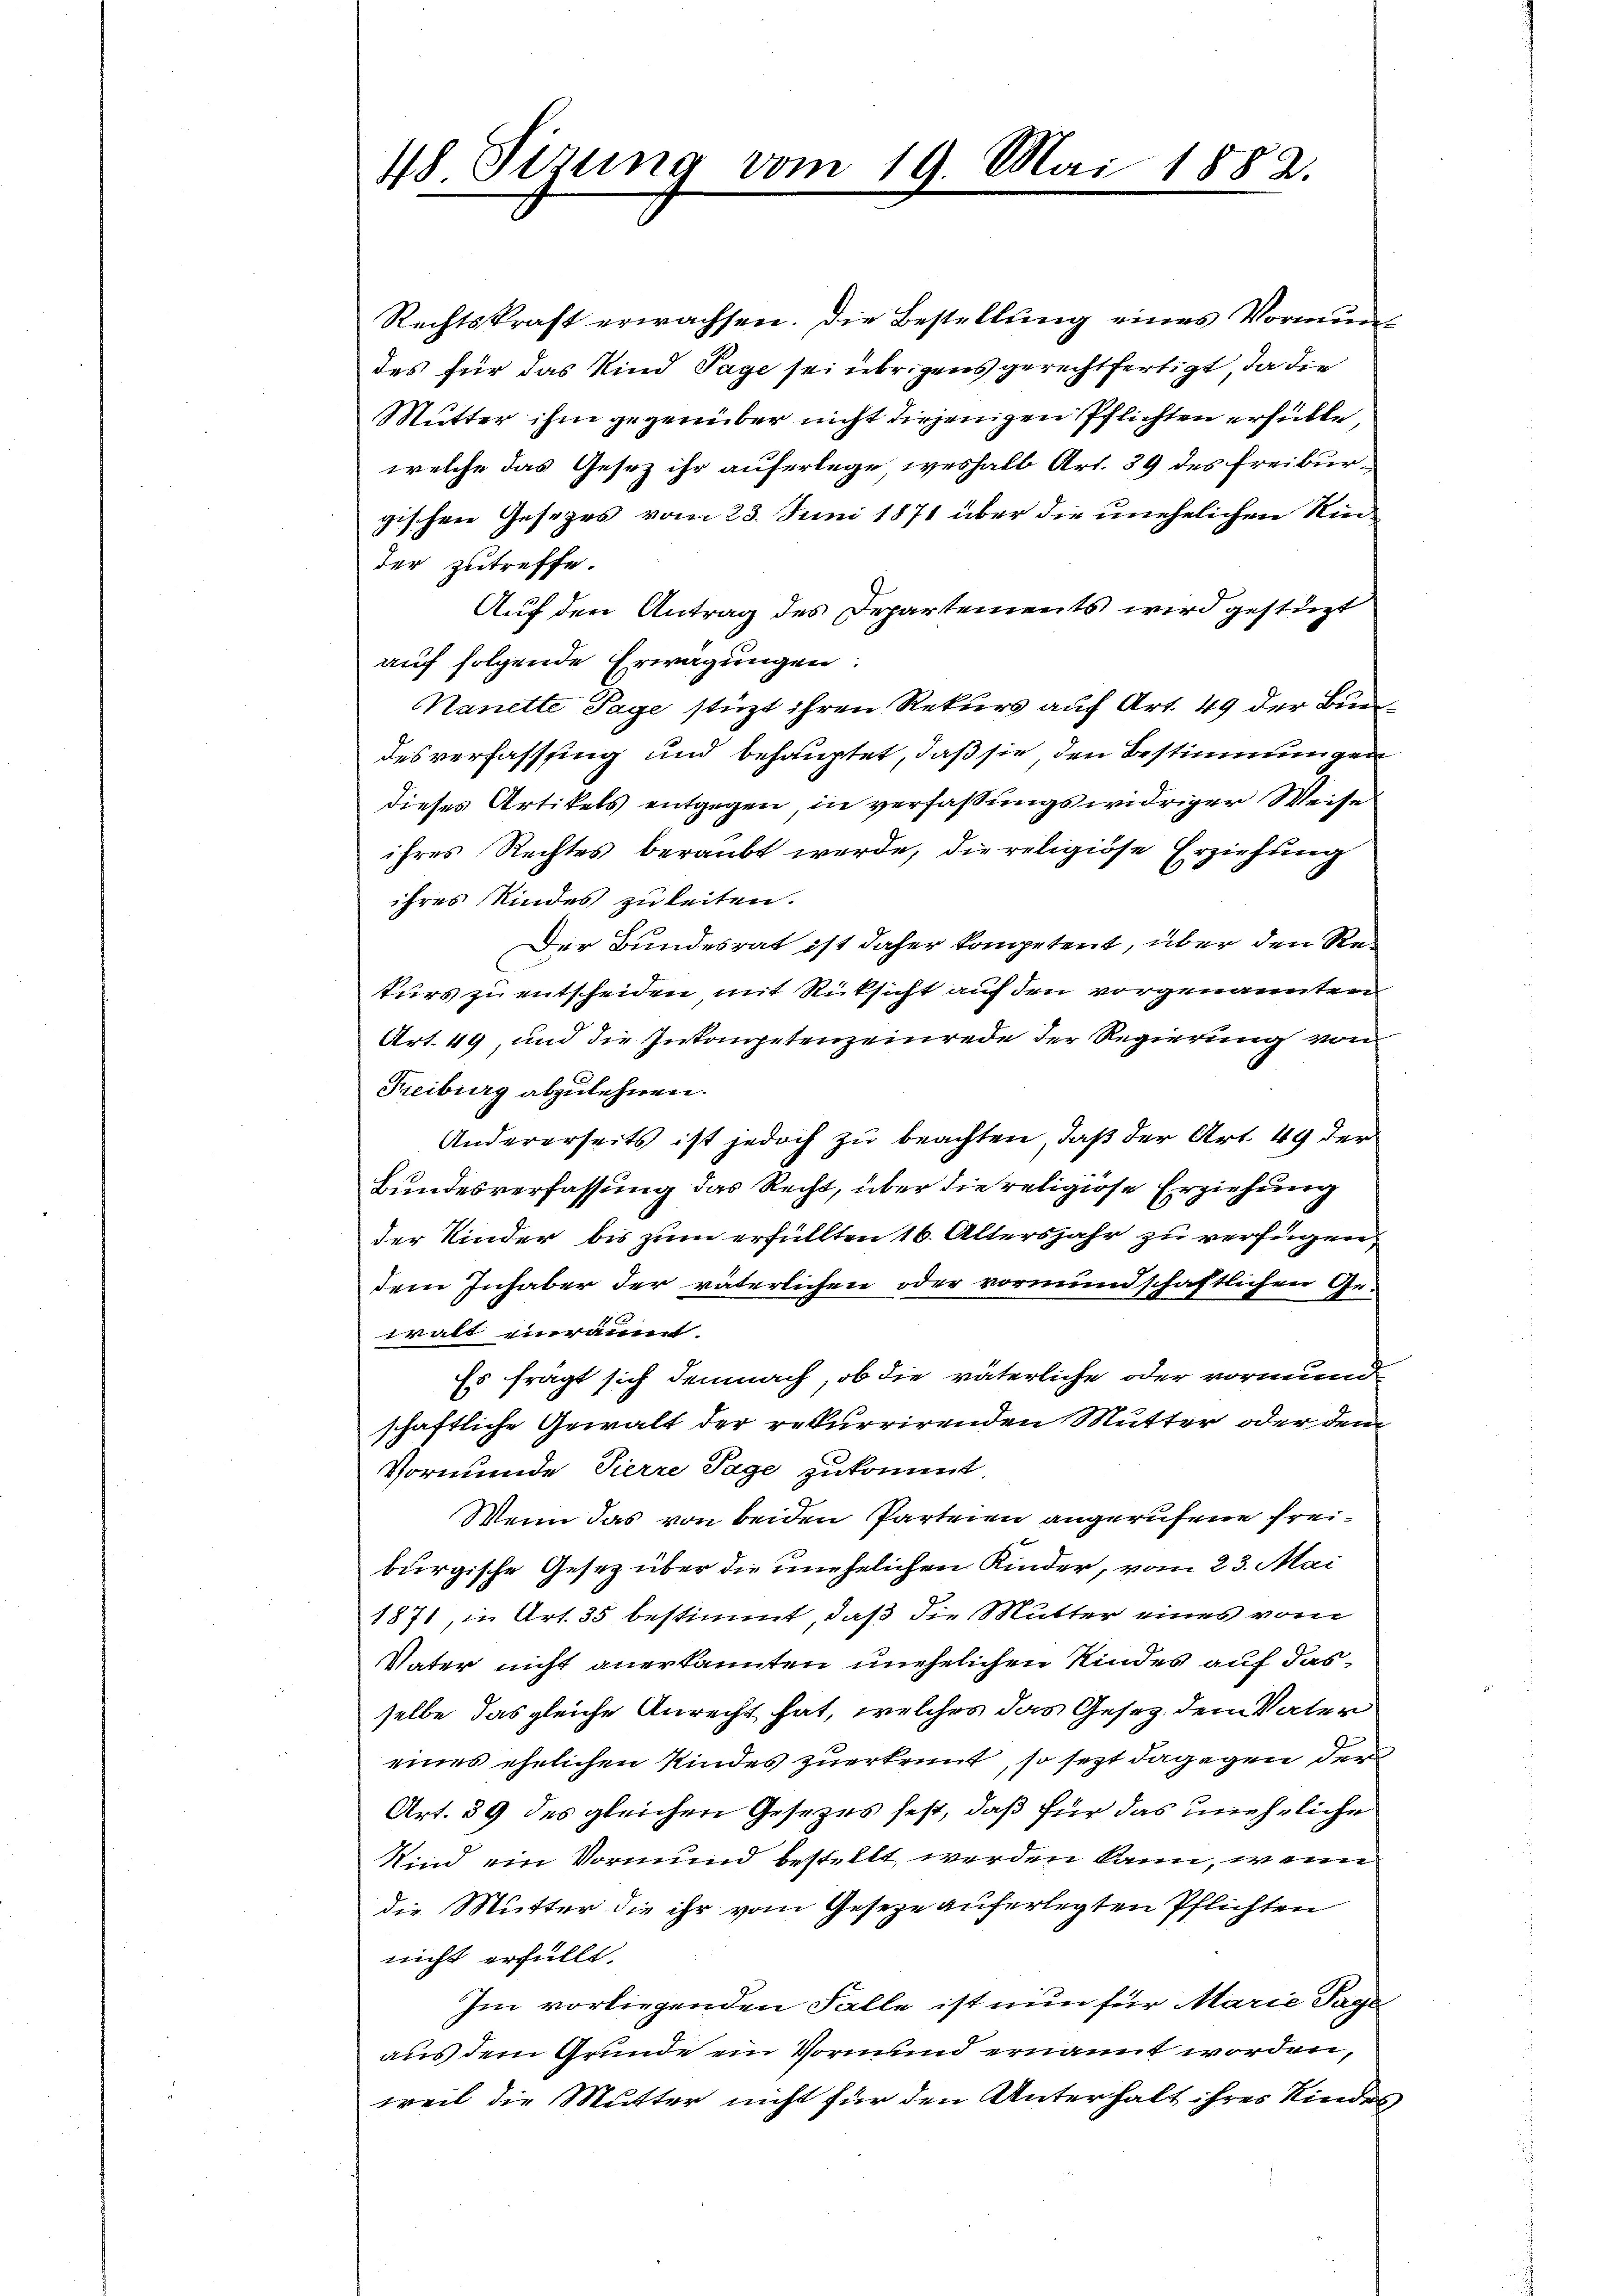
48. Sizung vom 19. Mai 1882.

Rechtskraft erwachsen. Die Bestellung eines Vormundes für das Kind Tage sei übrigens gerechtfertigt, da die
Mutter ihm gegenüber nicht diejenigen Pflichten erfülle
welche das Gesez ihr auferlege, weshalb Art. 39 des Freiburgischen Gesetzes vom 23. Juni 1871 über die unehelichen Kinder zutreffe.
Auf den Antrag des Departements wird gestüzt
auf folgende Erwägungen:
Nanette Tage stüzt ihren Rekurs auf Art. 49 der Bundesverfasssing und behauptet, daß sie den Bestimmungen
dieses Artikels entgegen in verfassungswidriger Weise
ihres Rechtes beraubt werde, die religiöse Erziehung
ihres Kindes zuleiten.
Der Bundesrat ist daher kompetent, über den Rekurs zu entscheiden, mit Rücksicht auf den vorgenannten
Art. 49, und die Inkompetenzeinrede der Regierung von
Freiburg abzulehnen.
Andererseits ist jedoch zu beachten, daß der Art. 49 der
Bundesverfassung das Recht, über die religiöse Erziehung
der Kinder bis zum erfüllten 16. Altersjahr zu verfügen,
dem Inhaber der väterlichen oder vormundschaftlichen Ge-
walt einräumt.
Es frägt sich demnach, ob die väterliche oder vormund
schaftliche Gewalt der rekurrirenden Mutter oder den
Vormunde Pierre Tage zukommt.
Wenn das von beiden Parteien angerufene Freiburgische Gesetz über die unehelichen Kinder, vom 23. Mai
1871, in Art. 35 bestimmt, daß die Mutter eines vom
Vater nicht anerkannten unehelichen Kindes auf das
selbe das gleiche Anrecht hat, welches das Gesetz dem Vater
eines ehelichen Kindes zuerkennt, so sezt dagegen der
Art. 59 des gleichen Gesezes fest, daß für das uneheliche
Kind ein Vormund bestellt werden kann, wenn
die Mutter die ihr vom Geseze auferlegten Pflichten
nicht erfüllt.
Im vorliegenden Falle ist nun für Marie Tage
aus dem Grunde ein Vormund ernannt worden,
weil die Mutter nicht für den Unterhalt ihres Kindes